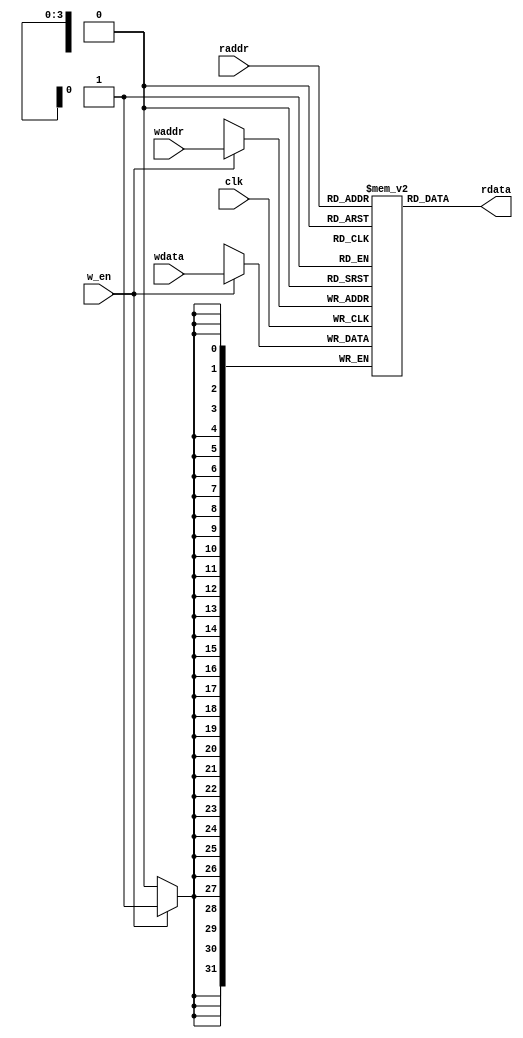
`timescale 1ns / 1ps
//////////////////////////////////////////////////////////////////////////////////
// Company: 
// Engineer: 
// 
// Design Name: 
// Module Name: sram_lib
// Project Name: 
// Target Devices: 
// Tool Versions: 
// Description: 
// 
// Dependencies: 
// 
// Revision:
// Revision 0.01 - File Created
// Additional Comments:
// 
//////////////////////////////////////////////////////////////////////////////////


module sram_lib #(parameter WIDTH = 32, parameter ADDRWIDTH = 4)
(   
    clk,
    wdata,
    waddr,
    w_en,
    raddr,
    rdata
);

input                   clk;
input   [WIDTH-1:0]     wdata;
input   [ADDRWIDTH-1:0] waddr;
input                   w_en;
input   [ADDRWIDTH-1:0] raddr;
output  [WIDTH-1:0]     rdata;

parameter DEPTH = 1<<ADDRWIDTH;
reg     [WIDTH-1:0] mem [0:DEPTH-1];


always @(posedge clk) begin
    if(w_en)
        mem[waddr]  <= wdata;    
end

assign  rdata = mem[raddr];

endmodule